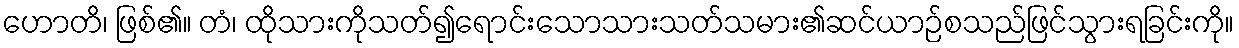
ဟောတိ၊ ဖြစ်၏။ တံ၊ ထိုသားကိုသတ်၍ရောင်းသောသားသတ်သမား၏ဆင်ယာဉ်စသည်ဖြင်သွားရခြင်းကို။